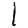
Digit: 1